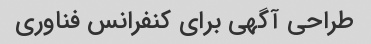
طراحی آگهی برای کنفرانس فناوری